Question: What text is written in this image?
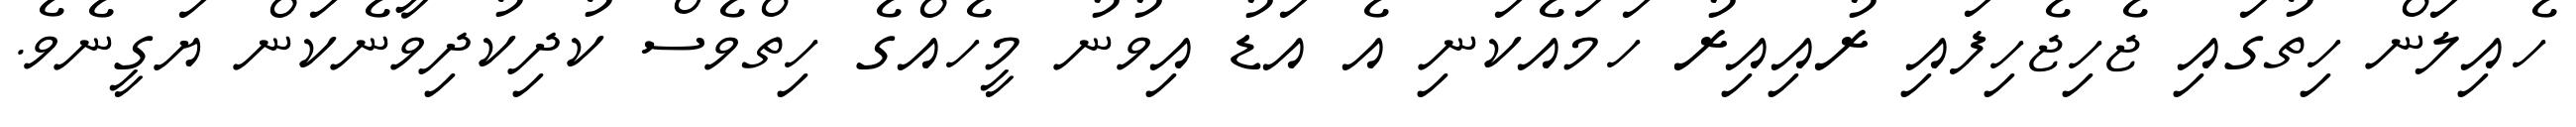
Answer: ހެއިލަން ހިތުގައި ޖެހިޖެހިފައި ރުއިއިރު ހަމައެކަނި އެ އަޑު އިވުނު މީހެއްގެ ހިތްވެސް ކުދިކުދިވާނެކަން ޔަގީނެވެ.